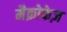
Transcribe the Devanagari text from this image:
मैक्रोफेज़